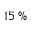
1 5 \, \%